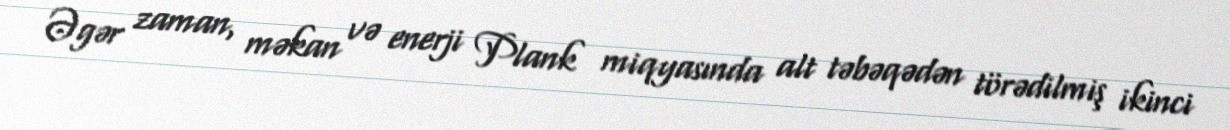
Əgər zaman, məkan və enerji Plank miqyasında alt təbəqədən törədilmiş ikinci